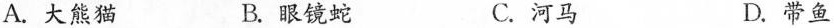
A.大熊猫 B.眼镜蛇 C.河马 D.带鱼